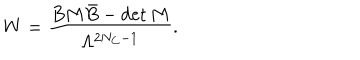
W = \frac { B M \bar { B } - \det M } { \Lambda ^ { 2 N _ { C } - 1 } } .